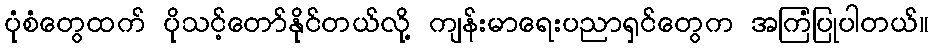
ပုံစံတွေထက် ပိုသင့်တော်နိုင်တယ်လို့ ကျန်းမာရေးပညာရှင်တွေက အကြံပြုပါတယ်။